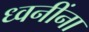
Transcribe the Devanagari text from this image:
ध्वनींना